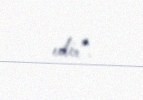
edir”.